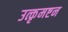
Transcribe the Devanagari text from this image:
उत्कृमष्टन